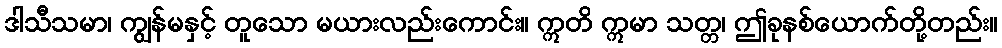
ဒါသီသမာ၊ ကျွန်မနှင့် တူသော မယားလည်းကောင်း။ ဣတိ ဣမာ သတ္တ၊ ဤခုနစ်ယောက်တို့တည်း။